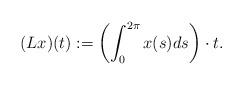
LaTeX: \begin{align*}(Lx)(t) := \left(\int_{0}^{2\pi} x(s) ds\right) \cdot t. \end{align*}